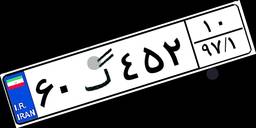
۶۰گ۴۵۲۱۰